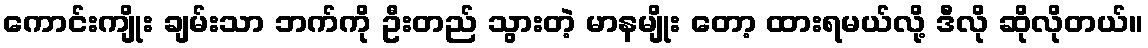
ကောင်းကျိုး ချမ်းသာ ဘက်ကို ဦးတည် သွားတဲ့ မာနမျိုး တော့ ထားရမယ်လို့ ဒီလို ဆိုလိုတယ်။